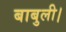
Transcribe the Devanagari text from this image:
बाबुली।